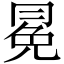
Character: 冕